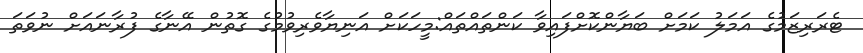
ޓެރަރިޒަމުގެ އަމަލު ކަމަށް ބަޔާންކޮށްފައިވާ ކަންތައްތައް:މީހަކަށް އަނިޔާވެރިވުމުގެ ގޮތުން އޭނާގެ ފުރާނައަށް ނުވަތަ